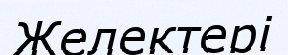
Желектері